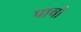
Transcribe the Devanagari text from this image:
पाचो